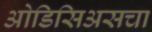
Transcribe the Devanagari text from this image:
ओडिसिअसचा